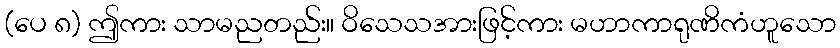
(ပေ ၈) ဤကား သာမညတည်း။ ဝိသေသအားဖြင့်ကား မဟာကာရုဏိကံဟူသော